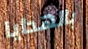
بالهدايا